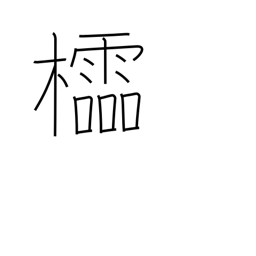
Meaning: latticework